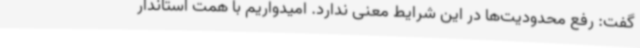
گفت: رفع محدودیت‌ها در این شرایط معنی ندارد. امیدواریم با همت استاندار